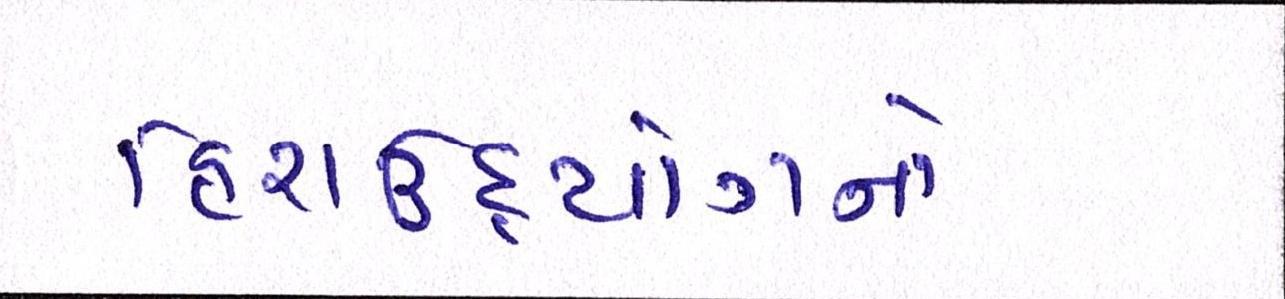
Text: હિરાઉદ્યોગનો